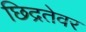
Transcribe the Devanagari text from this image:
छिद्रतेवर